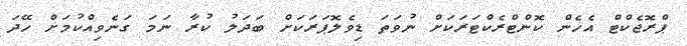
ޕްރޮޖެކްޓް އެހެން ކޮންޓްރެކްޓަރަކަށް ނުވަތަ ޑިވެލޮޕަރަކަށް ބަދަލު ކުރާ ނަމަ ގަނެވިއްކުމަށް ހޭދަ